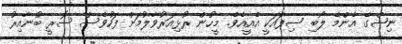
ނިޝްގެ އެންމެ ލޯބި ސިފައަކީ އެއީއެވެ. މީހުން ރުޅިއަރުވާލުމަށް ފަހުވެސް ސޮރީ ބުނާއިރު